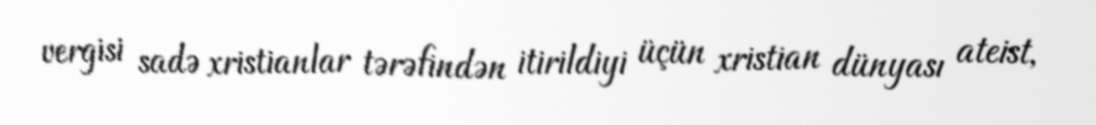
vergisi sadə xristianlar tərəfindən itirildiyi üçün xristian dünyası ateist,